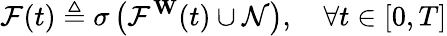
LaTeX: {\mathcal{F}}(t)\triangleq\sigma\left({\mathcal{F}}^{\mathbf{W}}(t)\cup{\mathcal{N}}\right),\quad\forall t\in[0,T]